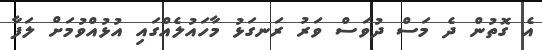
އެ ގޮތުން ދެ މަސް ދުވަސް ވަރު ރަނގަޅު މާހައުލެއްގައި އުޅުއްވުމަށް ލަފާ